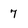
Character: 7